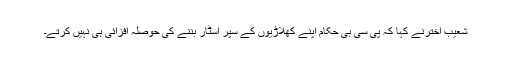
شعیب اخترنے کہا کہ پی سی بی حکام اپنے کھلاڑیوں کے سپر اسٹار بننے کی حوصلہ افزائی ہی نہیں کرتے۔